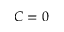
C = 0